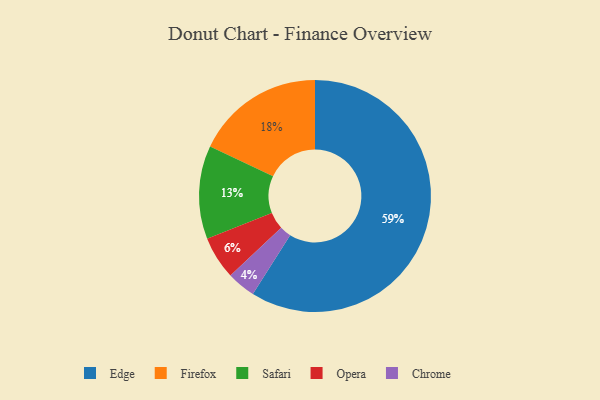
{"axis": {"x": "Category", "y": "Percentage"}, "legend": ["Chrome", "Edge", "Firefox", "Opera", "Safari"], "data": [{"x": "Firefox", "y": 18, "type": "Firefox"}, {"x": "Opera", "y": 6, "type": "Opera"}, {"x": "Edge", "y": 59, "type": "Edge"}, {"x": "Safari", "y": 13, "type": "Safari"}, {"x": "Chrome", "y": 4, "type": "Chrome"}]}